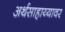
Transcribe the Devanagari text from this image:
अर्थसाहाय्यावर